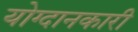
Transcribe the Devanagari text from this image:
योग्दानकारी